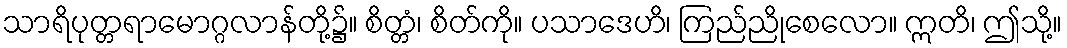
သာရိပုတ္တရာမောဂ္ဂလာန်တို့၌။ စိတ္တံ၊ စိတ်ကို။ ပသာဒေဟိ၊ ကြည်ညိုစေလော။ ဣတိ၊ ဤသို့။